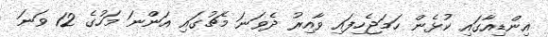
އިންޑިއާގައި ކުޅެން ހަމަޖެހިފައި ވާއިރު ދެވަނަ މެޗުގައި އަންނަ މަހުގެ 12 ވަނަ